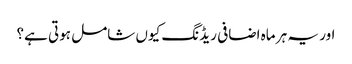
اور یہ ہر ماہ اضافی ریڈنگ کیوں شامل ہوتی ہے؟